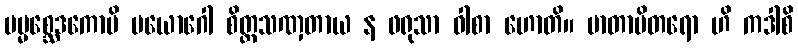
မမ္မစ္ဆေဒကောပိ ပယောဂေါ စိတ္တသဏှတာယ န ဖရုသာ ဝါစာ ဟောတိ။ မာတာပိတရော ဟိ ကဒါစိ